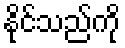
နိုင်သည်ကို